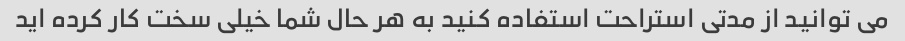
می توانید از مدتی استراحت استفاده کنید به هر حال شما خیلی سخت کار کرده اید